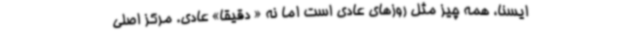
ایسنا، همه چیز مثل روزهای عادی است اما نه « دقیقا» عادی. مرکز اصلی